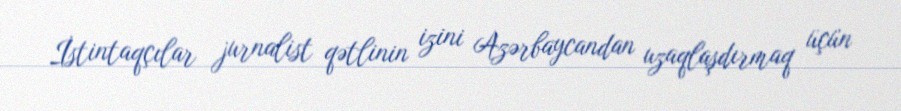
İstintaqçılar jurnalist qətlinin izini Azərbaycandan uzaqlaşdırmaq üçün